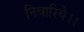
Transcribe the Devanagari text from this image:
निवारिये।।